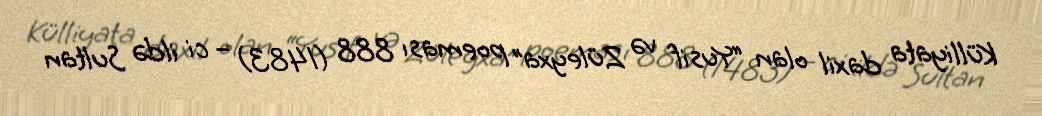
Külliyata daxil olan “Yusif və Züleyxa” poeması 888 (1483) – ci ildə Sultan